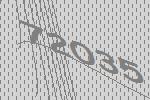
72035